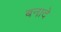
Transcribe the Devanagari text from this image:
बनादे